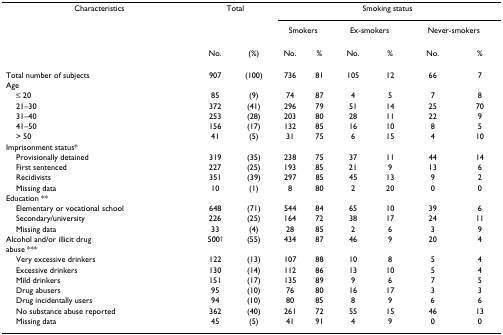
<table><thead><tr><td><b>Characteristics</b></td><td colspan="2"><b>Total</b></td><td colspan="6"><b>Smoking status</b></td></tr><tr><td></td><td></td><td></td><td colspan="2"><b>Smokers</b></td><td colspan="2"><b>Ex-smokers</b></td><td colspan="2"><b>Never-smokers</b></td></tr><tr><td></td><td><b>No.</b></td><td><b>(%)</b></td><td><b>No.</b></td><td><b>%</b></td><td><b>No.</b></td><td><b>%</b></td><td><b>No.</b></td><td><b>%</b></td></tr></thead><tbody><tr><td>Total number of subjects</td><td>907</td><td>(100)</td><td>736</td><td>81</td><td>105</td><td>12</td><td>66</td><td>7</td></tr><tr><td>Age</td><td></td><td></td><td></td><td></td><td></td><td></td><td></td><td></td></tr><tr><td> ≤ 20</td><td>85</td><td>(9)</td><td>74</td><td>87</td><td>4</td><td>5</td><td>7</td><td>8</td></tr><tr><td> 21–30</td><td>372</td><td>(41)</td><td>296</td><td>79</td><td>51</td><td>14</td><td>25</td><td>70</td></tr><tr><td> 31–40</td><td>253</td><td>(28)</td><td>203</td><td>80</td><td>28</td><td>11</td><td>22</td><td>9</td></tr><tr><td> 41–50</td><td>156</td><td>(17)</td><td>132</td><td>85</td><td>16</td><td>10</td><td>8</td><td>5</td></tr><tr><td> &gt; 50</td><td>41</td><td>(5)</td><td>31</td><td>75</td><td>6</td><td>15</td><td>4</td><td>10</td></tr><tr><td>Imprisonment status*</td><td></td><td></td><td></td><td></td><td></td><td></td><td></td><td></td></tr><tr><td> Provisionally detained</td><td>319</td><td>(35)</td><td>238</td><td>75</td><td>37</td><td>11</td><td>44</td><td>14</td></tr><tr><td> First sentenced</td><td>227</td><td>(25)</td><td>193</td><td>85</td><td>21</td><td>9</td><td>13</td><td>6</td></tr><tr><td> Recidivists</td><td>351</td><td>(39)</td><td>297</td><td>85</td><td>45</td><td>13</td><td>9</td><td>2</td></tr><tr><td> Missing data</td><td>10</td><td>(1)</td><td>8</td><td>80</td><td>2</td><td>20</td><td>0</td><td>0</td></tr><tr><td>Education **</td><td></td><td></td><td></td><td></td><td></td><td></td><td></td><td></td></tr><tr><td> Elementary or vocational school</td><td>648</td><td>(71)</td><td>544</td><td>84</td><td>65</td><td>10</td><td>39</td><td>6</td></tr><tr><td> Secondary/university</td><td>226</td><td>(25)</td><td>164</td><td>72</td><td>38</td><td>17</td><td>24</td><td>11</td></tr><tr><td> Missing data</td><td>33</td><td>(4)</td><td>28</td><td>85</td><td>2</td><td>6</td><td>3</td><td>9</td></tr><tr><td>Alcohol and/or illicit drug</td><td>500<sup>†</sup></td><td>(55)</td><td>434</td><td>87</td><td>46</td><td>9</td><td>20</td><td>4</td></tr><tr><td>abuse ***</td><td></td><td></td><td></td><td></td><td></td><td></td><td></td><td></td></tr><tr><td> Very excessive drinkers</td><td>122</td><td>(13)</td><td>107</td><td>88</td><td>10</td><td>8</td><td>5</td><td>4</td></tr><tr><td> Excessive drinkers</td><td>130</td><td>(14)</td><td>112</td><td>86</td><td>13</td><td>10</td><td>5</td><td>4</td></tr><tr><td> Mild drinkers</td><td>151</td><td>(17)</td><td>135</td><td>89</td><td>9</td><td>6</td><td>7</td><td>5</td></tr><tr><td> Drug abusers</td><td>95</td><td>(10)</td><td>76</td><td>80</td><td>16</td><td>17</td><td>3</td><td>3</td></tr><tr><td> Drug incidentally users</td><td>94</td><td>(10)</td><td>80</td><td>85</td><td>8</td><td>9</td><td>6</td><td>6</td></tr><tr><td> No substance abuse reported</td><td>362</td><td>(40)</td><td>261</td><td>72</td><td>55</td><td>15</td><td>46</td><td>13</td></tr><tr><td> Missing data</td><td>45</td><td>(5)</td><td>41</td><td>91</td><td>4</td><td>9</td><td>0</td><td>0</td></tr></tbody></table>